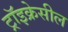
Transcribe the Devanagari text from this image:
ट्रॉइक्रेसील